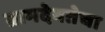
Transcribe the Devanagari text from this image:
ग्रामदेवतेचा